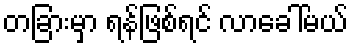
တခြားမှာ ရန်ဖြစ်ရင် လာခေါ်မယ်